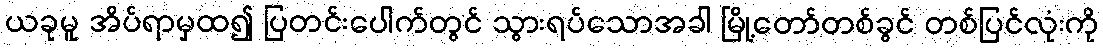
ယခုမူ အိပ်ရာမှထ၍ ပြတင်းပေါက်တွင် သွားရပ်သောအခါ မြို့တော်တစ်ခွင် တစ်ပြင်လုံးကို